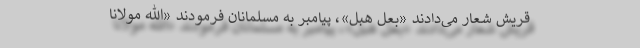
قریش شعار می‌دادند «بعل هبل»، پیامبر به مسلمانان فرمودند «الله مولانا